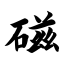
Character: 磁